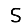
Digit: 5